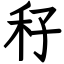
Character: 秄